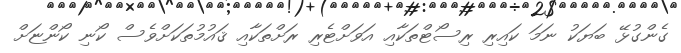
ގެންގުޅޭ ބަޔަކު ނަމަ ކައިރި ރިސޯޓްތަކާއި އަވަށްޓެރި ރަށްތަކާއި ޤައުމުތަކަށްވެސް ކޯނި ކޯންޏަށް